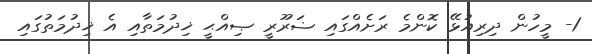
1- މީހުން ދިރިއުޅޭ ކޮންމެ ރަށެއްގައި ޟަރޫރީ ޞިއްޙީ ޚިދުމަތާއި އެ ޚިދުމަތުގައި